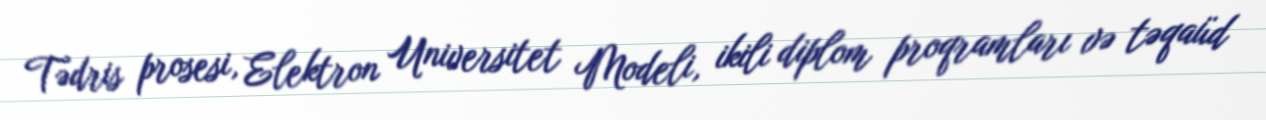
Tədris prosesi, Elektron Universitet Modeli, ikili diplom proqramları və təqaüd